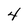
Character: 4